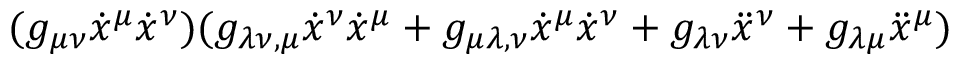
( g _ { \mu \nu } { \dot { x } } ^ { \mu } { \dot { x } } ^ { \nu } ) ( g _ { \lambda \nu , \mu } { \dot { x } } ^ { \nu } { \dot { x } } ^ { \mu } + g _ { \mu \lambda , \nu } { \dot { x } } ^ { \mu } { \dot { x } } ^ { \nu } + g _ { \lambda \nu } { \ddot { x } } ^ { \nu } + g _ { \lambda \mu } { \ddot { x } } ^ { \mu } )